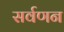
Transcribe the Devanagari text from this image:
सर्वणन